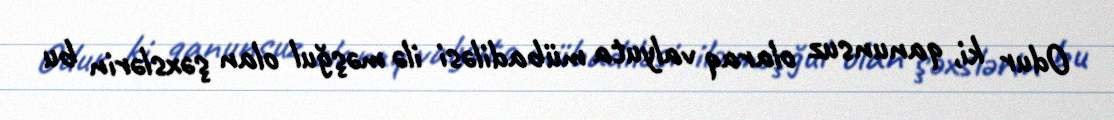
Odur ki, qanunsuz olaraq valyuta mübadiləsi ilə məşğul olan şəxslərin bu